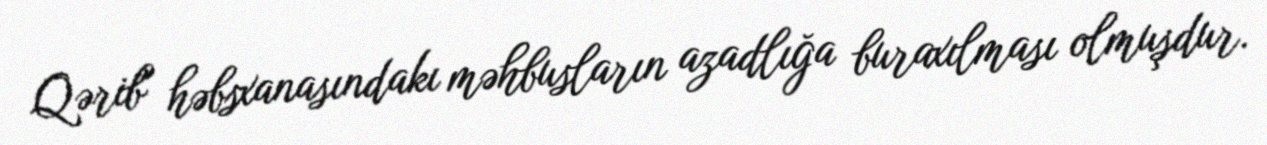
Qərib" həbsxanasındakı məhbusların azadlığa buraxılması olmuşdur.